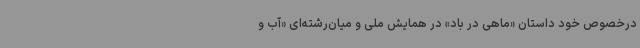
درخصوص خود داستان «ماهی در باد» در همایش ملی و میان‌رشته‌ای «آب و